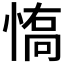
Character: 𱞽